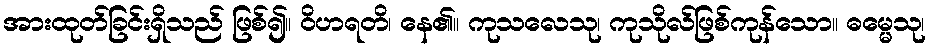
အားထုတ်ခြင်းရှိသည် ဖြစ်၍။ ဝိဟရတိ၊ နေ၏။ ကုသလေသု၊ ကုသိုလ်ဖြစ်ကုန်သော။ ဓမ္မေသု၊